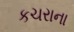
કચરાના